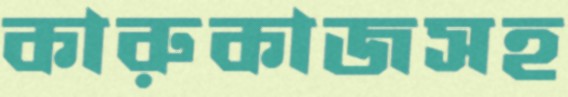
কারুকাজসহ